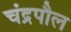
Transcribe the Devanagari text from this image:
चंद्रपौल